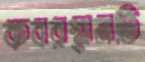
কবরস্থানটি